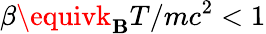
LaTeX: \beta\equivk_{\mathbf{B}}T/mc^{2}<1